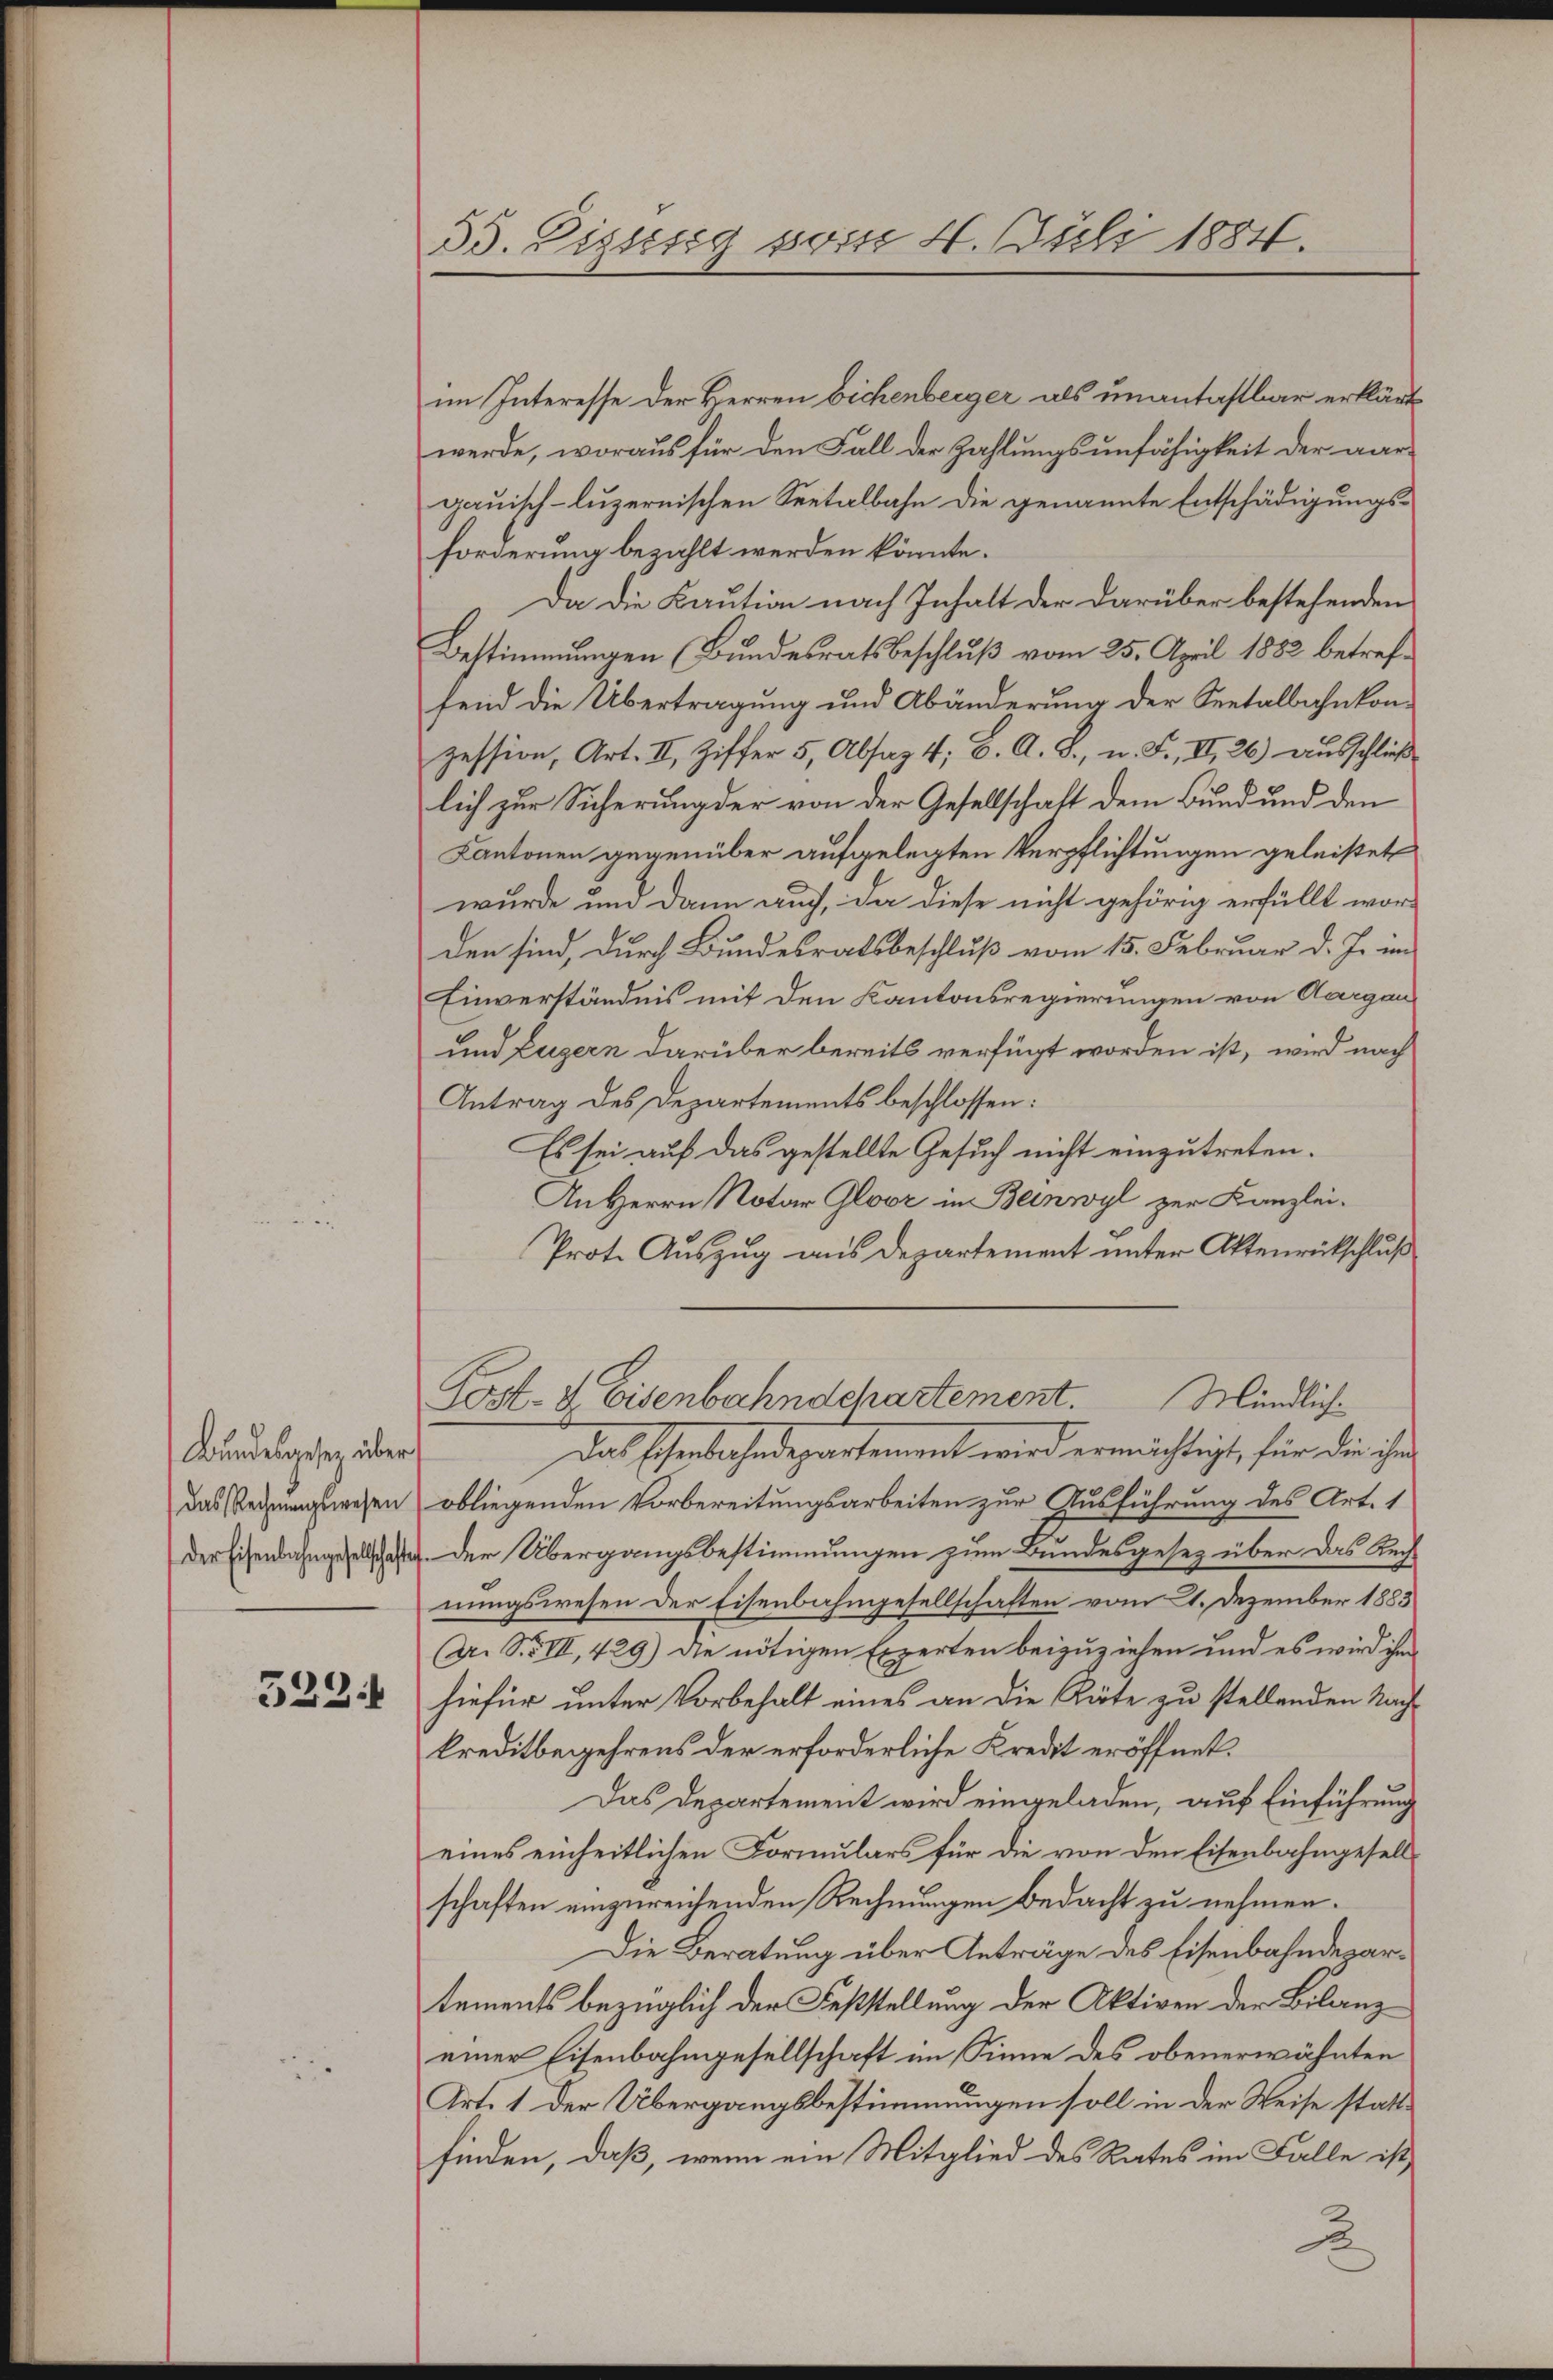
Bundesgesetz über
das Rechnungswesen
Der Eisenbahngesellschafte

322.

33. Disseng vom 4. Juli 1884.

im Interesse der Herren Eichenberger als unantastbar erklärt
werde, woraus für den Fall der Zahlungsunfähigkeit der aargauisch-luzernischen Seetalbahn die genannte Entschädigungsforderung bezahlt werden könnte.
Da die Kaution nach Inhalt der darüber bestehenden
Bestimmungen (Bundesratsbeschluß vom 25. April 1882 betreffend die Übertragung und Abänderung der Seetalbahnkonzession, Art. II, Ziffer 5, Absaz 4; B. A. S., n. F., II, 26) ausschließ
lich zur Sicherung der von der Gesellschaft dem Bund und den
Kantonen gegenüber aufgelegten Verpflichtungen geleistet
wurde und dann auch, da diese nicht gehörig erfüllt wor-
den sind, durch Bundesratsbeschluß vom 15. Februar d. J. im
Einverständnis mit den Kantonsregierungen von Aargau
und Luzern darüber bereits verfügt worden ist, wird nach
Antrag des Departements beschlossen:
Es sei auf das gestellte Gesuch nicht einzutreten.
An Herrn Notar Gloor in Beinwyl zur Kanzlei-
Prot. Auszug aus Departement unter Aktenrückschluß
Post- & Eisenbahndchartement. Mindlich.
das schenbahndepartement wird ermächtigt, für die ihn
obliegenden Vorbereitungsarbeiten zur Ausführung des Art. 1
Der Übergangsbestimmungen zum Bundesgesez über das Rechnungswesen der Eisenbahngesellschaften vom 21. Dezember 1883
(Dr. S. VIII, 429) Die nötigen Experten beizuziehen und es wird ihm
hiefür unter Vorbehalt eines an die Räte zu stellenden Nachkreditbegehrens der erforderliche Kredit eröffnet.
Das Departement wird eingeladen, auf Einführung
eines einheitlichen Formulars für die von den Eisenbahngesell-
schaften einzureichenden Rechnungen Bedacht zu nehmen.
Die Beratung über Anträge des Eisenbahndepartements bezüglich der Feststellung der Aktiven der Bilanz
einer Eisenbahngesellschaft im Sinne des obenerwähnten
Art. 1 der Übergangsbestimmungen soll in der Weise stattfinden, daß, wenn ein Mitglied des Rates im Falle ist,
2